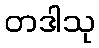
တဒါသု